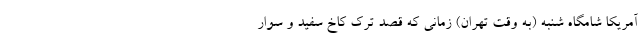
آمریکا شامگاه شنبه (به وقت تهران) زمانی که قصد ترک کاخ سفید و سوار